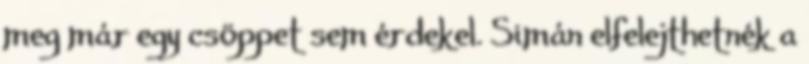
meg már egy csöppet sem érdekel. Simán elfelejthetnék a